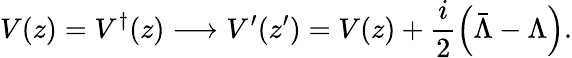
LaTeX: V(z)=V^{\dagger}(z)\longrightarrow V^{\prime}(z^{\prime})=V(z)+\frac{i}{2}\left(\bar{\Lambda}-\Lambda\right).